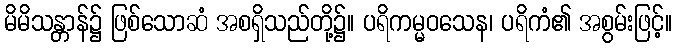
မိမိသန္တာန်၌ ဖြစ်သောဆံ အစရှိသည်တို့၌။ ပရိကမ္မဝသေန၊ ပရိကံ၏ အစွမ်းဖြင့်။